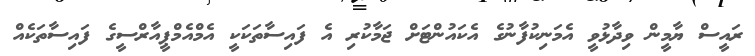
ރައީސް ޔާމީން ވިދާޅުވީ އެމަނިކުފާނުގެ އެކައުންޓަށް ޖަމާކުރި އެ ފައިސާތަކަކީ އެމްއެމްޕީއާރްސީގެ ފައިސާތަކެއް